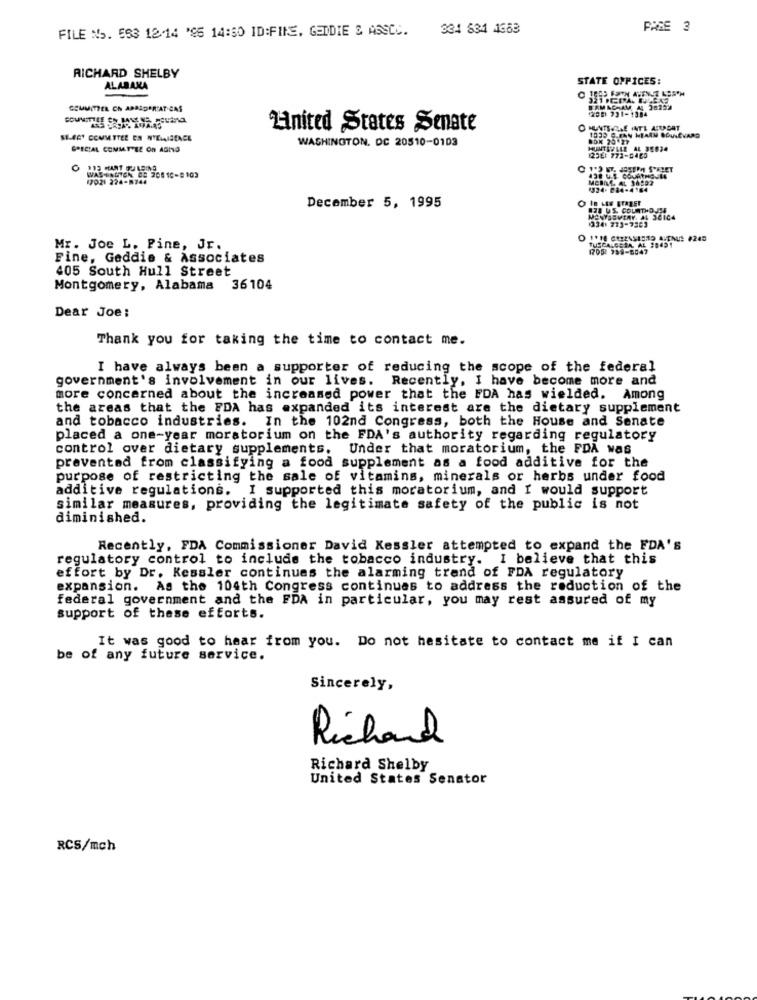
FILE No. 563 12-14 '95 14:50 ID:FINE. GEDDIE & ASSCC. 334 834 4663
PAGE 3
RICHARD SHELBY
STATE OFPICES:
ALABAMA
COMMITTER Ch ABALDER'AT CAS
BAMACHAM AL 38299
12DE1 231-1384
United States Senate
O HUNTS ALE HATL AIRPCAT
SI-CEY COMMITTEE EN NTELIGENCE
WASHINGTON, DC 20510-0103
1035 CLEAN HEARN BOULEVARD
SPECIAL COMMITTEE On AGING
HUNTERLLE AL 36024
12DE: 772-0465
WASHINGTON 08 208 10-9103
17021 224-8744
438 US COUATHGULL
1324. 084-4184
December 5, 1995
38 US. COLITHOJS4
MENYSEVERY. AL 36104
DIVIE CEZASICHO ALTAUS #245
TUSCALGERA, AL 38491
Mr. Joe L. Pine, Jr.
1705 999-5547
Fine, Gaddis & Associates
405 South Hull Street
Montgomery, Alabama
36104
Dear Joe:
Thank you for taking the time to contact me.
I have always been a supporter of reducing the scope of the federal
government's involvement in our lives. Recently, I have become more and
more concerned about the increased power that the FDA has wielded. Among
the areas that the FDA has expanded its interest are the dietary supplement
and tobacco industries. In the 102nd Congress, both the House and Senate
placed a one-year moratorium on the FDA's authority regarding regulatory
control over dietary supplements. Under that moratorium, the FDA was
prevented from classifying a food supplement as a food additive for the
purpose of restricting the sale of vitamins, minerals or herbs under food
additive regulations. I supported this moratorium, and I would support
similar measures, providing the legitimate safety of the public is not
diminished.
Recently, FDA Commissioner David Kessler attempted to expand the FDA's
regulatory control to include the tobacco industry. I believe that this
effort by Dr. Kessler continues the alarming trand of FDA regulatory
expansion. As the 104th Congress continues to address the reduction of the
federal government and the FDA in particular, you may rest assured of my
support of these efforts.
It was good to hear from you. Do not hesitate to contact me if I can
be of any future service.
Sincerely,
Richard
Richard Shelby
United States Senator
RCS/mch